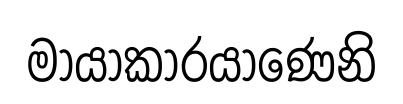
මායාකාරයාණෙනි